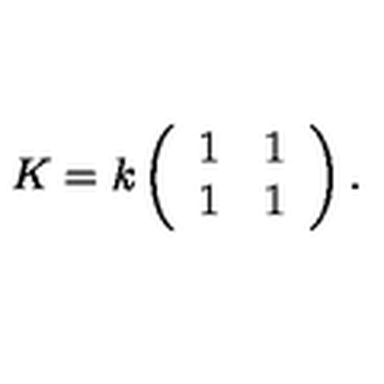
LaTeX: K = k \left( \begin{array} { c c } { 1 } & { 1 } \\ { 1 } & { 1 } \\ \end{array} \right) .